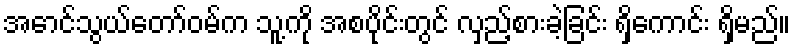
အောင်သွယ်တော်ဝမ်က သူ့ကို အစပိုင်းတွင် လှည့်စားခဲ့ခြင်း ရှိကောင်း ရှိမည်။